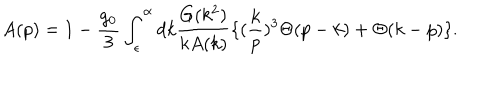
LaTeX: A ( p ) = 1 - \frac { g _ { 0 } } { 3 } \int _ { \epsilon } ^ { \alpha } d k \frac { G ( k ^ { 2 } ) } { k A ( k ) } \{ ( \frac { k } { p } ) ^ { 3 } \Theta ( p - k ) + \Theta ( k - p ) \} .